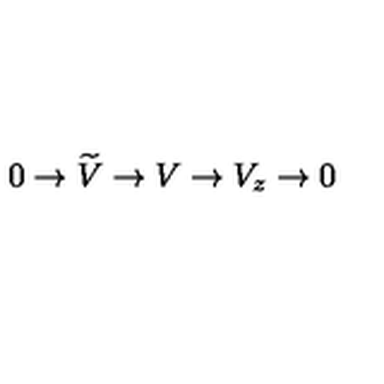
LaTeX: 0 \rightarrow \widetilde { V } \rightarrow V \rightarrow V _ { z } \rightarrow 0